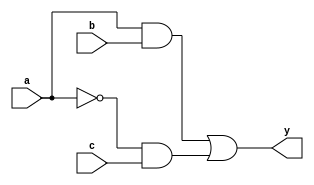
module combinational_logic (
    input wire a,        // Input signal a
    input wire b,        // Input signal b
    input wire c,        // Input signal c
    output reg y         // Output signal y
);

// Always block for combinational logic
always @ (a, b, c) begin
    // Output assignment based on combinational expression
    y = (a & b) | (~a & c); // Example expression: y = (a AND b) OR (NOT a AND c)
end

endmodule